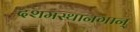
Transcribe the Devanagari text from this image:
दशमस्थानगान्